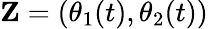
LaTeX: \mathbf{Z}=(\theta_{1}(t),\theta_{2}(t))